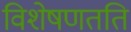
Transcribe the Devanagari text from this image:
विशेषणतति